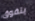
يتفوق